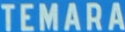
TEMARA